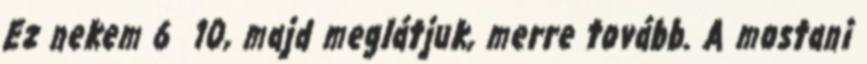
Ez nekem 6 10, majd meglátjuk, merre tovább. A mostani